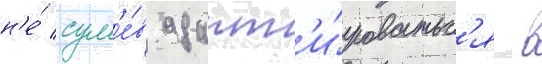
н'е́ сум'е́в адапт'и́роватьс'я в